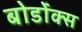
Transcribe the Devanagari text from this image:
बोर्डोक्स